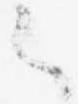
々